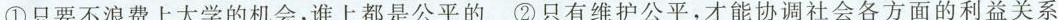
①只要不浪费上大学的机会，谁上都是公平的 ②只有维护公平，才能协调社会各方面的利益关系